Assam Mental Hospital (Tezpur, India) - 1933-1948
Year: 1933
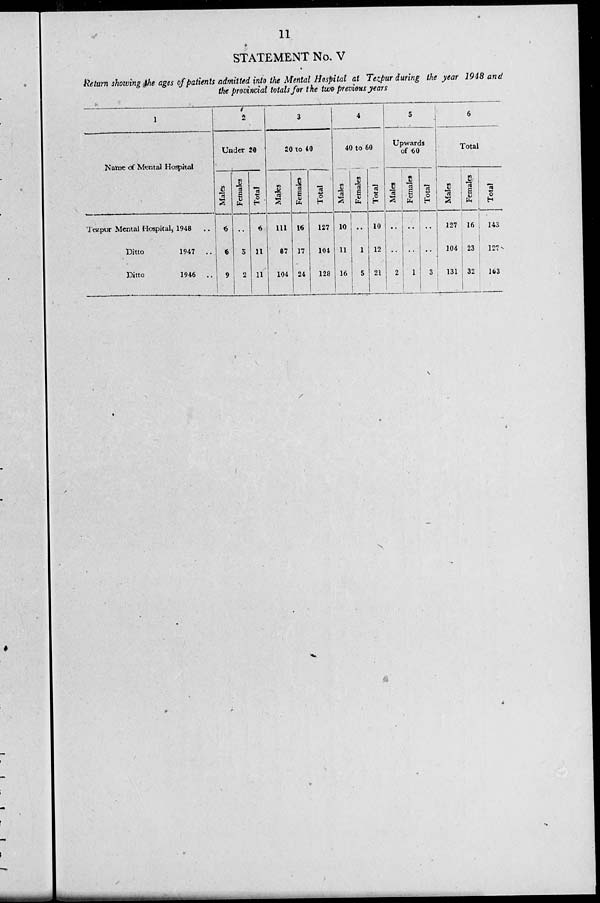
11
STATEMENT No. V
Return showing the ages of patients admitted into the Mental Hospital at Tezpur during the year 1948 and
the provincial totals for the two previous years
1
Name of Mental Hospital
Tezpur Mental Hospital, 1948 ..
Ditto
1947 ..
Ditto
1946 ..
2
Under 20
Males
6
6
9
Females
..
5
2
Total
6
11
11
3
20 to 40
Males
111
87
104
Females
16
17
24
Total
127
104
128
4
40 to 60
Males
10
11
16
Females
..
1
5
Total
10
12
21
5
Upwards
of 60
Males
..
..
2
Females
..
..
1
Total
..
..
3
6
Total
Males
127
104
131
Females
16
23
32
Total
143
127
163